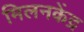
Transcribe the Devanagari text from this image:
मिलनकेंद्र